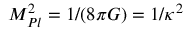
M _ { P l } ^ { 2 } = 1 / ( 8 \pi G ) = 1 / \kappa ^ { 2 }